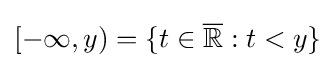
[-\infty ,y)=\{t\in {\overline {\mathbb {R} }}:t<y\}